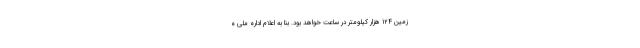
زمین ۱۲۴ هزار کیلومتر در ساعت خواهد بود. بنا به اعلام اداره ملی ه